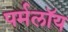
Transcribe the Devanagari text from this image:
पर्मलॉय